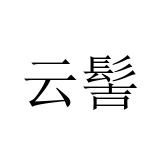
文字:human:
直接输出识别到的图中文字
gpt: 云髻